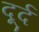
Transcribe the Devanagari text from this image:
दूर्द